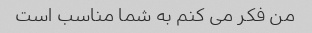
من فکر می کنم به شما مناسب است